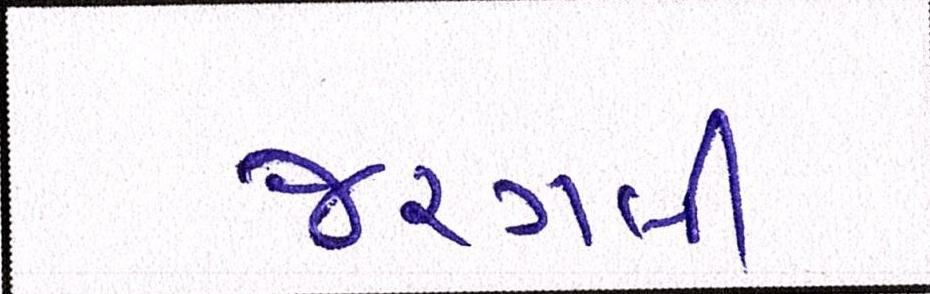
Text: જરગલી